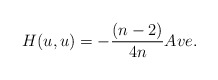
\begin{align*}H(u,u)=-\frac{(n-2)}{4n}Ave.\end{align*}